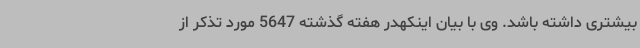
بیشتری داشته باشد. وی با بیان اینکهدر هفته گذشته 5647 مورد تذکر از